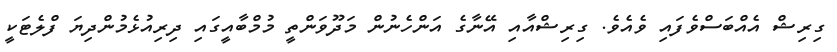
ގިރިޝް އެއްބަސްވެފައި ވެއެވެ. ގިރިޝްއާއި އޭނާގެ އަންހެނުން މަދޫވަންތީ މުމްބާއީގައި ދިރިއުޅެމުންދިޔަ ފްލެޓަކީ